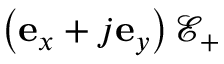
\left( \mathbf { e } _ { x } + j \mathbf { e } _ { y } \right) \mathcal { E } _ { + }